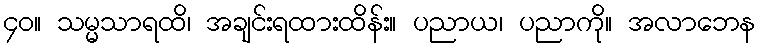
၄၀။ သမ္မသာရထိ၊ အချင်းရထားထိန်း။ ပညာယ၊ ပညာကို။ အလာဘေန